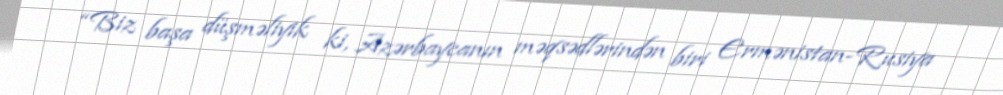
“Biz başa düşməliyik ki, Azərbaycanın məqsədlərindən biri Ermənistan-Rusiya